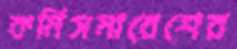
কর্মিসমাবেশের